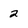
Character: 2